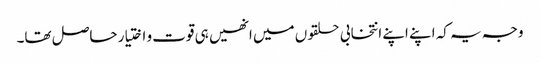
وجہ یہ کہ اپنے اپنے انتخابی حلقوں میں انھیں ہی قوت و اختیار حاصل تھا۔